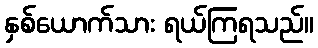
နှစ်ယောက်သား ရယ်ကြရသည်။